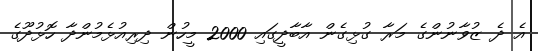
އެ ދެ ޒުވާނުންގެ މަރާ ގުޅިގެން އާބާދީގައި 2000 މީހުން ދިރިއުޅެމުންދާ ހޮޅުދޫގެ